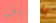
وقت و